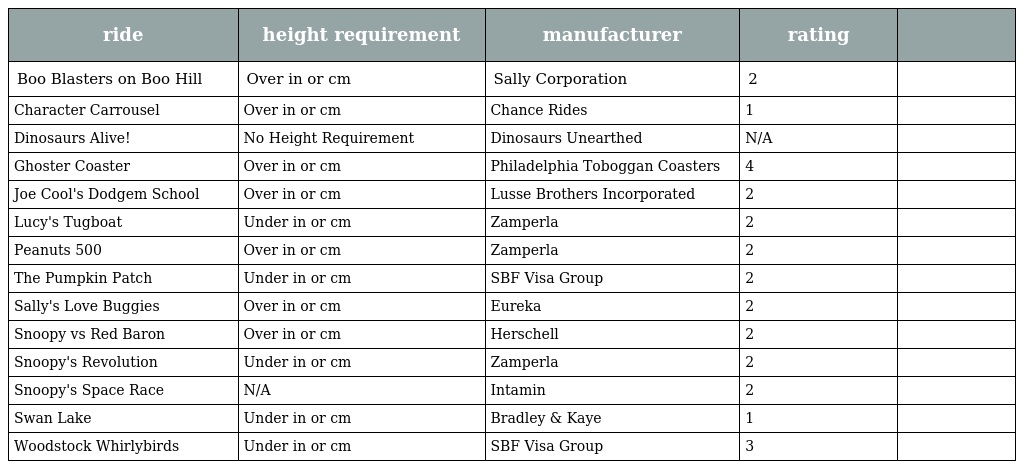
| ride | height requirement | manufacturer | rating |  |
 | --- | --- | --- | --- | --- |
 | Boo Blasters on Boo Hill | Over in or cm | Sally Corporation | 2 |  |
 | Character Carrousel | Over in or cm | Chance Rides | 1 |  |
 | Dinosaurs Alive! | No Height Requirement | Dinosaurs Unearthed | N/A |  |
 | Ghoster Coaster | Over in or cm | Philadelphia Toboggan Coasters | 4 |  |
 | Joe Cool's Dodgem School | Over in or cm | Lusse Brothers Incorporated | 2 |  |
 | Lucy's Tugboat | Under in or cm | Zamperla | 2 |  |
 | Peanuts 500 | Over in or cm | Zamperla | 2 |  |
 | The Pumpkin Patch | Under in or cm | SBF Visa Group | 2 |  |
 | Sally's Love Buggies | Over in or cm | Eureka | 2 |  |
 | Snoopy vs Red Baron | Over in or cm | Herschell | 2 |  |
 | Snoopy's Revolution | Under in or cm | Zamperla | 2 |  |
 | Snoopy's Space Race | N/A | Intamin | 2 |  |
 | Swan Lake | Under in or cm | Bradley & Kaye | 1 |  |
 | Woodstock Whirlybirds | Under in or cm | SBF Visa Group | 3 |  |